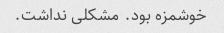
خوشمزه بود. مشکلی نداشت.